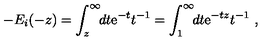
- E _ { i } ( - z ) = \int _ { z } ^ { \infty } \! \! d t { \mathrm e } ^ { - t } t ^ { - 1 } = \int _ { 1 } ^ { \infty } \! \! d t { \mathrm e } ^ { - t z } t ^ { - 1 } \ ,